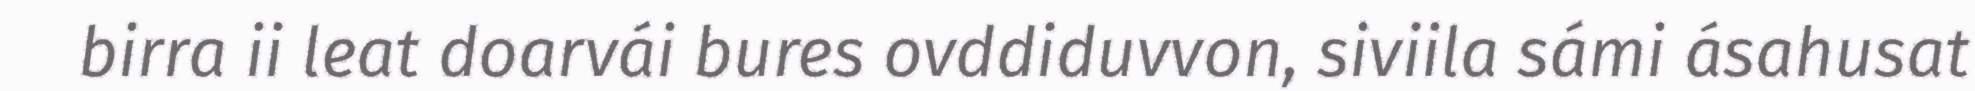
birra ii leat doarvái bures ovddiduvvon, siviila sámi ásahusat